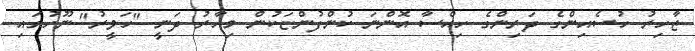
ޒާހިރު ހުސެއިންގެ ދަރިންގެ ހިއްސާ އޮންނަ ކުންފުންޏަކުން މިހާރު ދަނީ "ހަވީރު" ނޫހުގައި